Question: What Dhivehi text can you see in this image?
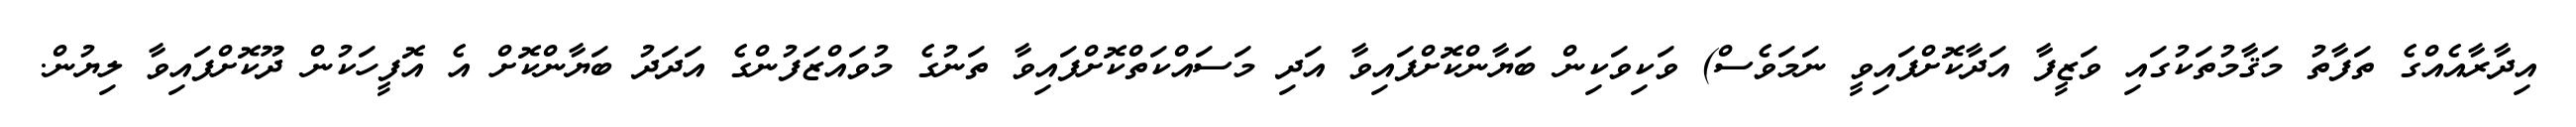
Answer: އިދާރާއެއްގެ ތަފާތު މަޤާމުތަކުގައި ވަޒީފާ އަދާކޮށްފައިވީ ނަމަވެސް) ވަކިވަކިން ބަޔާންކޮށްފައިވާ އަދި މަސައްކަތްކޮށްފައިވާ ތަނުގެ މުވައްޒަފުންގެ އަދަދު ބަޔާންކޮށް އެ އޮފީހަކުން ދޫކޮށްފައިވާ ލިޔުން.